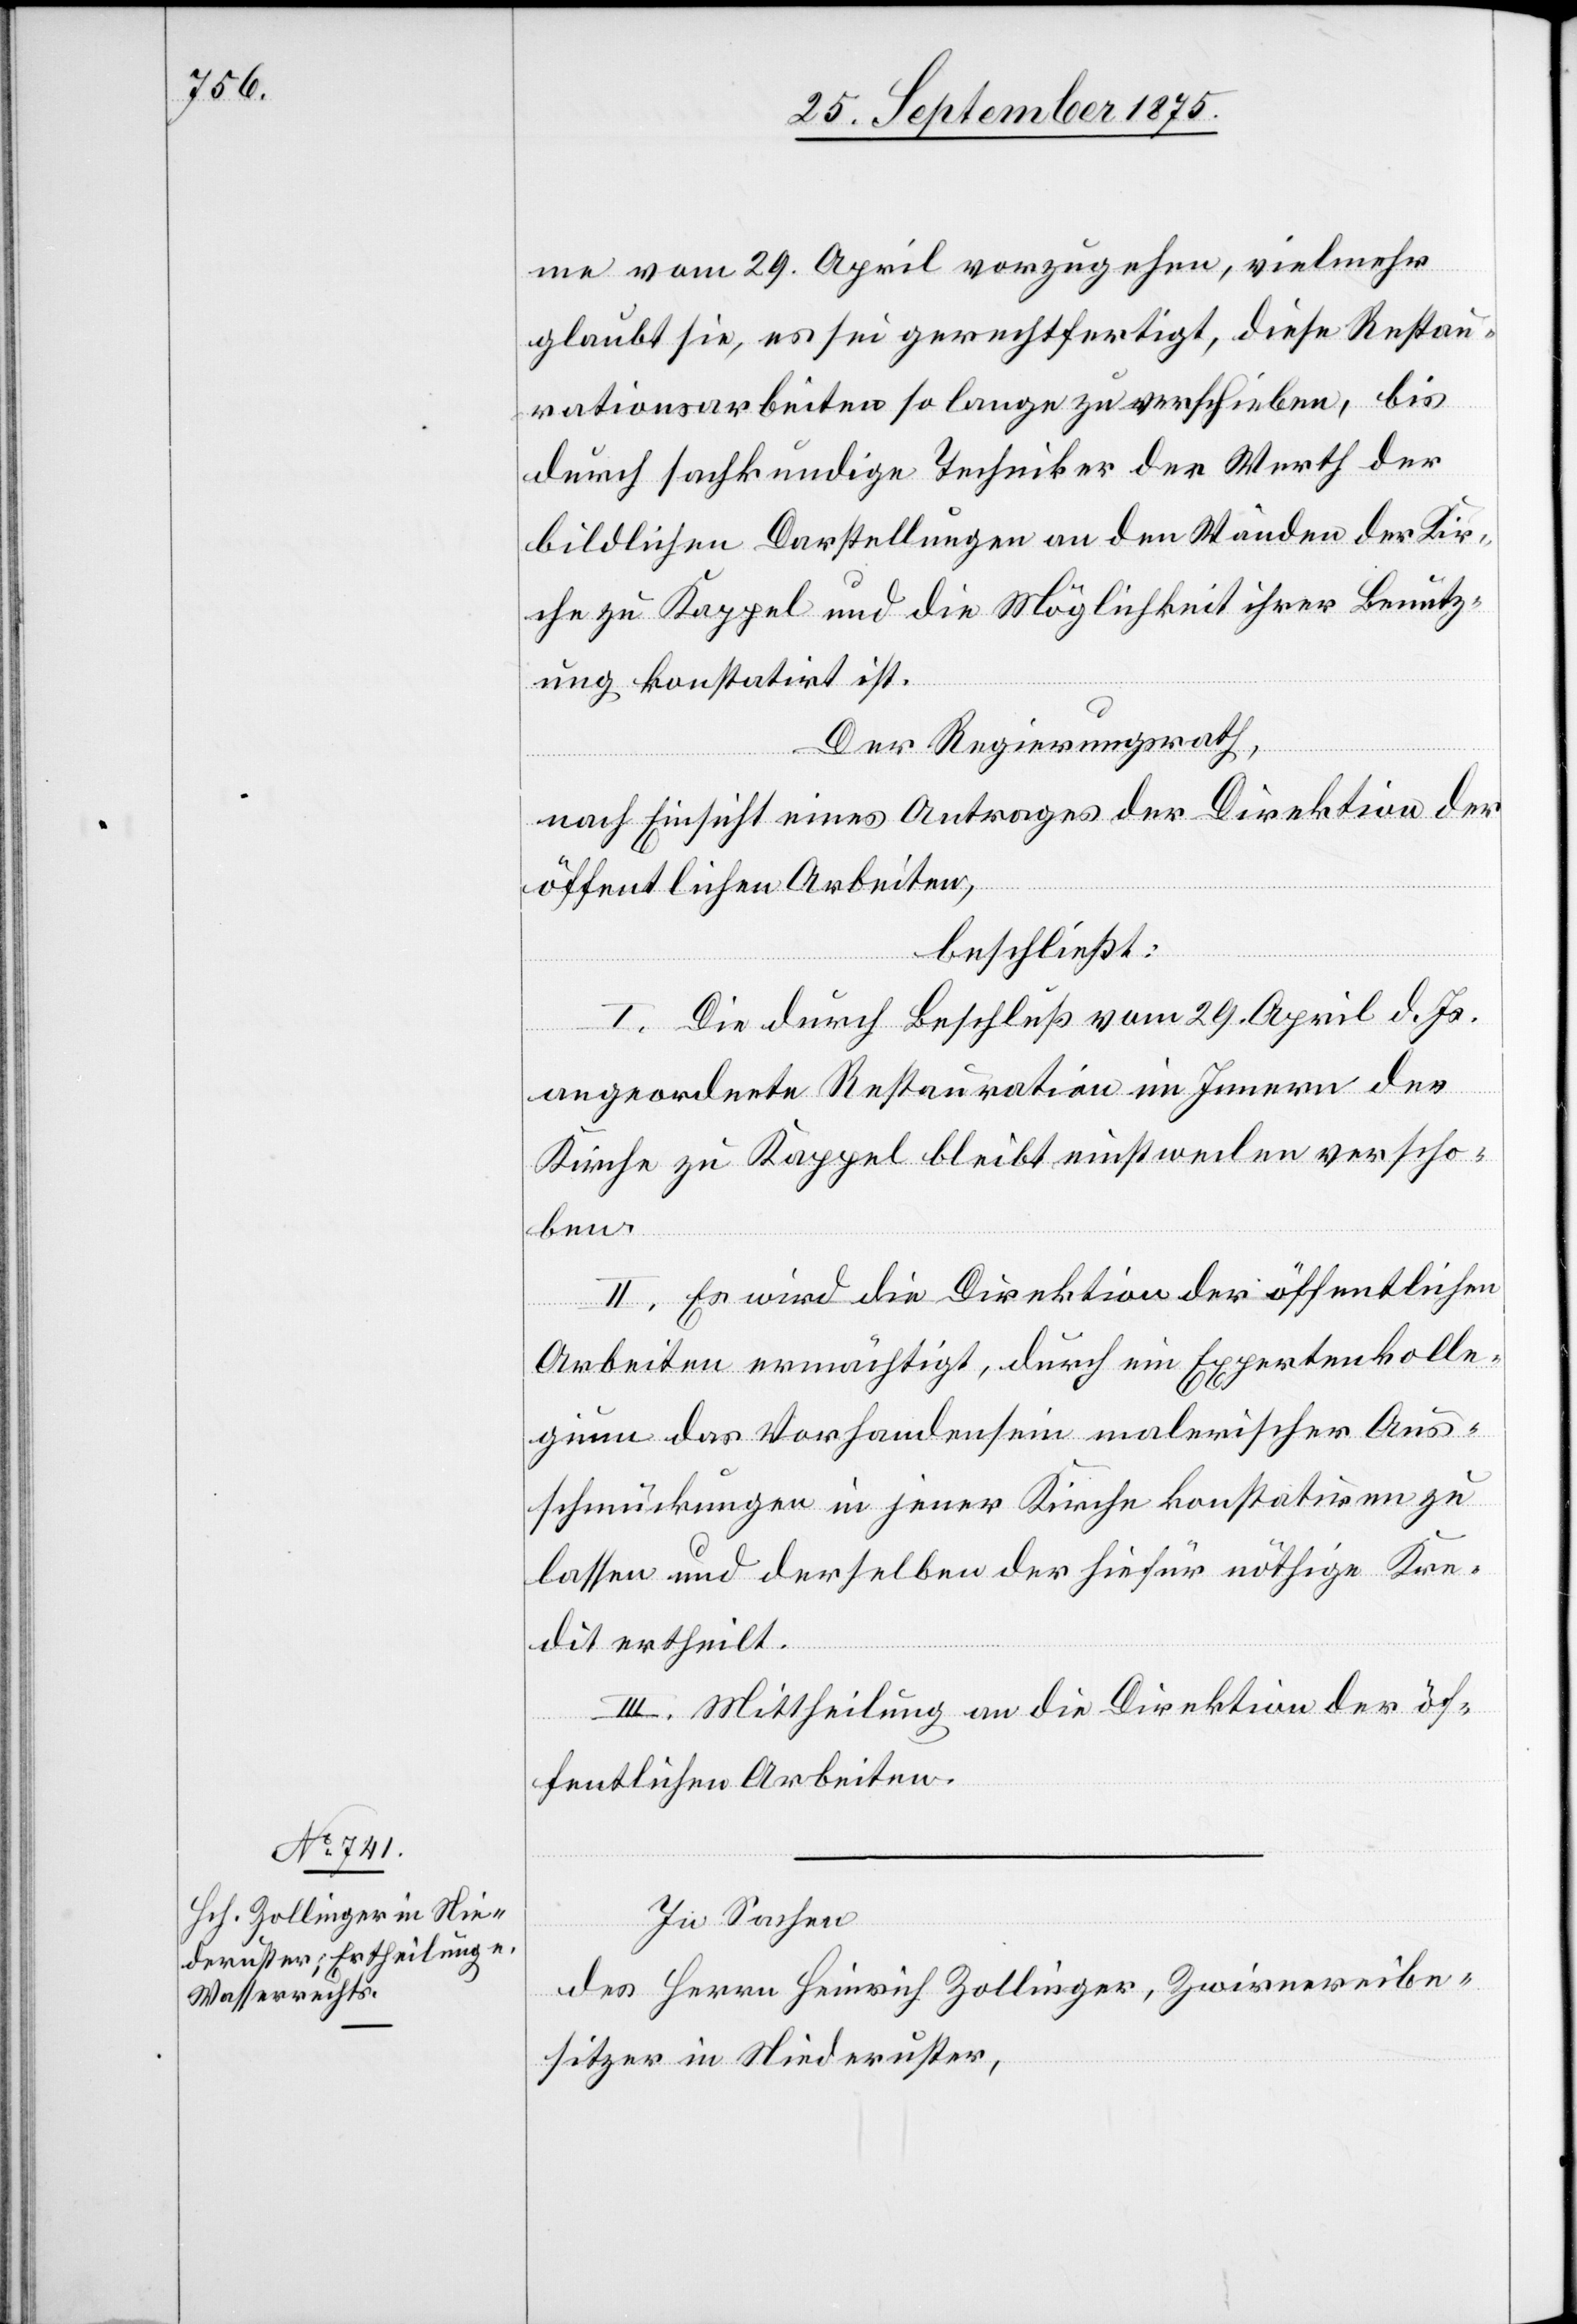
me vom 29. April vorzugehen, vielmehr
glaubt sie, es sei gerechtfertigt, diese Restau¬
rationsarbeiten so lange zu verschieben, bis
durch sachkundige Techniker der Werth der
bildlichen Darstellungen an den Wänden der Kir¬
che zu Kappel und die Möglichkeit ihrer Benutz¬
ung konstatirt ist.
Der Regierungsrath,
nach Einsicht eines Antrages der Direktion der
öffentlichen Arbeiten,
beschließt:
I. Die durch Beschluß vom 29. April d. Js.
angeordnete Restauration im Innern der
Kirche zu Kappel bleibt einstweilen verscho¬
ben.
II. Es wird die Direktion der öffentlichen
Arbeiten ermächtigt, durch ein Expertenkolle¬
gium das Vorhandensein malerischer Aus¬
schmückungen in jener Kirche konstatiren zu
lassen und derselben der hiefür nöthige Kre¬
dit ertheilt.
III. Mittheilung an die Direktion der öf¬
fentlichen Arbeiten.
In Sachen
des Herrn Heinrich Zollinger, Zwirnereibe¬
sitzer in Niederuster,